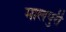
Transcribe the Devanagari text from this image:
मालपुरी